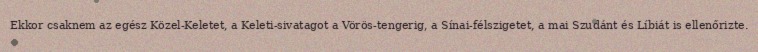
Ekkor csaknem az egész Közel-Keletet, a Keleti-sivatagot a Vörös-tengerig, a Sínai-félszigetet, a mai Szudánt és Líbiát is ellenőrizte.